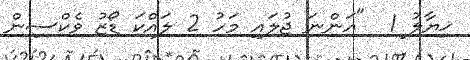
ޚިޔާލު 1  "އަންނަ ޖުލައި މަހު 2 ލައްކަ ޑޯޒު ވެކްސިން